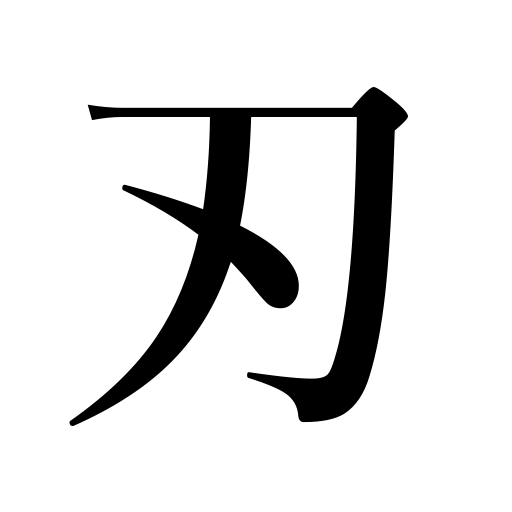
Meanings: sword,blade,cutting tool,edge